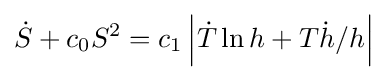
{\dot {S}}+c_{0}S^{2}=c_{1}\left|{\dot {T}}\ln h+T{\dot {h}}/h\right|